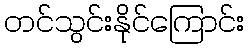
တင်သွင်းနိုင်ကြောင်း